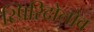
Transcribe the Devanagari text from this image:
स्पिरिदोनोव